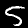
Label: 5